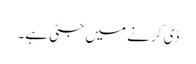
ڈی کر نے میں جٹی ہے۔